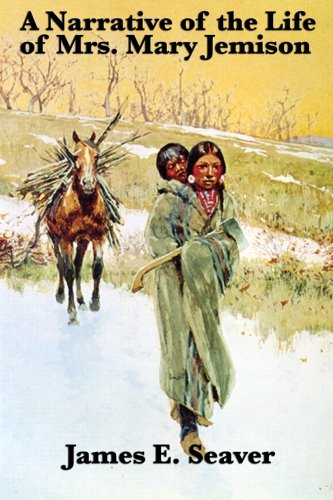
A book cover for A Narrative of the Life of Mrs. Mary Jemison; Mary Jemison; Biographies & Memoirs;